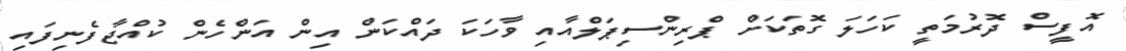
އޮފީސް ދޮރުމަތީ ކަހަލަ ގޮތަކަށް ޕްރިންސިޕަލްއާއި ވާހަކަ ދައްކަން އިން އަންހެން ކުއްޖާފެނިފައި